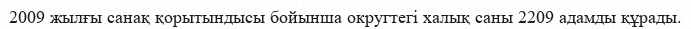
2009 жылғы санақ қорытындысы бойынша округтегі халық саны 2209 адамды құрады.